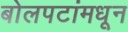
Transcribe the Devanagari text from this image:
बोलपटांमधून